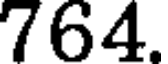
764.